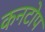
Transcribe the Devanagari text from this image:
कनटोप